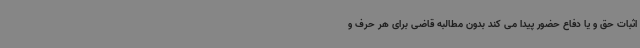
اثبات حق و یا دفاع حضور پیدا می کند بدون مطالبه قاضی برای هر حرف و